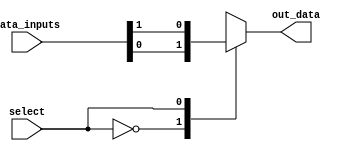
module mux_demux_buffer (
    input wire [3:0] data_inputs,
    input wire select,
    output reg out_data
);

always @ (data_inputs, select) begin
    case (select)
        0: out_data = data_inputs[0];
        1: out_data = data_inputs[1];
        2: out_data = data_inputs[2];
        3: out_data = data_inputs[3];
        default: out_data = 4'bxxxx; // output undefined if select value is invalid
    endcase
end

endmodule